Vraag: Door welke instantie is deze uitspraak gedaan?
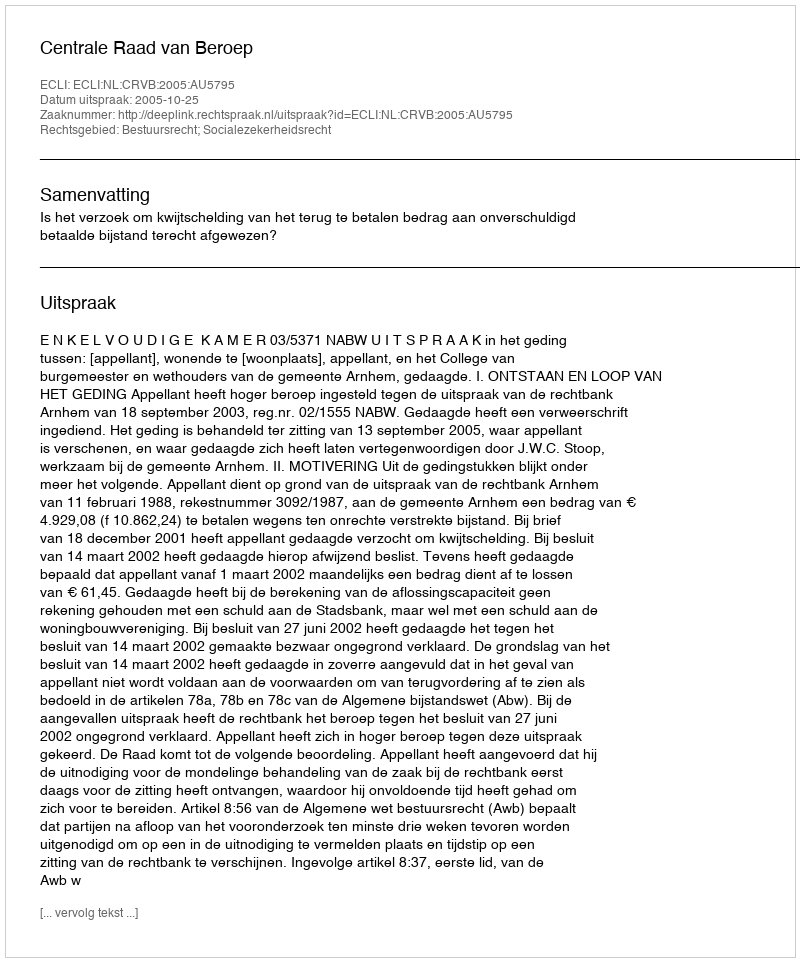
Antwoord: Centrale Raad van Beroep